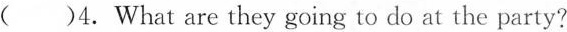
( )4.What are they going to do at the party?